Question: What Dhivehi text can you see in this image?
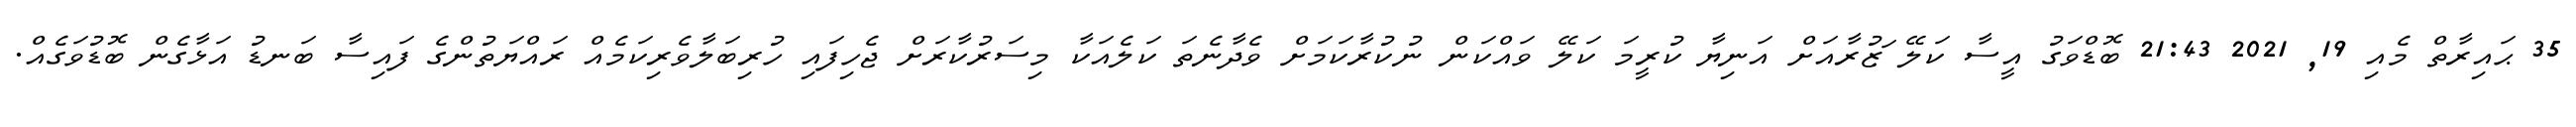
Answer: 35 ޙައިރާތް މެއި 19, 2021 21:43 ބޮޑްވަގު އީސާ ކަލޭ ަޒުރާއަށް އަނިޔާ ކުރީމަ ކަލޭ ވައްކަން ނުކުރާކަމަށް ވެދާނެތަ ކަލެއަކާ މިސަރުކާރަށް ޖެހިފައި ހުރިބަލާވެރިކަމެއް ރައްޔަތުންގެ ފައިސާ ބަނޑު އަޅާގެން ބޮޑުވަގެއް.